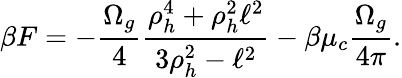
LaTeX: \beta F=-{\frac{\Omega_{g}}{4}}{\frac{\rho_{h}^{4}+\rho_{h}^{2}\ell^{2}}{3\rho_{h}^{2}-\ell^{2}}}-\beta\mu_{c}{\frac{\Omega_{g}}{4\pi}}.